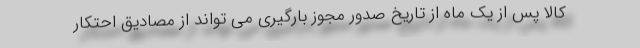
کالا پس از یک ماه از تاریخ صدور مجوز بارگیری می تواند از مصادیق احتکار